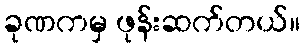
ခုဏကမှ ဖုန်းဆက်တယ်။